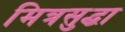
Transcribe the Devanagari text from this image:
मित्रसुद्धा